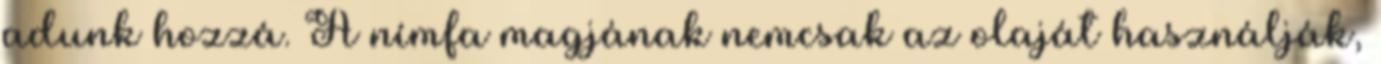
adunk hozzá. A nímfa magjának nemcsak az olaját használják,